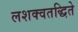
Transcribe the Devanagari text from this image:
लशक्वतद्धिते